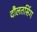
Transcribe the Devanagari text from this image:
दौलतसिंग